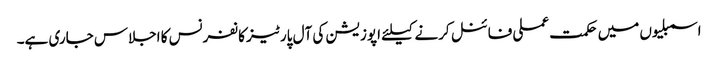
اسمبلیوں میں حکمت عملی فائنل کرنے کیلئے اپوزیشن کی آل پارٹیز کانفرنس کا اجلاس جاری ہے۔